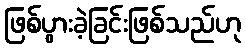
ဖြစ်ပွားခဲ့ခြင်းဖြစ်သည်ဟု